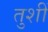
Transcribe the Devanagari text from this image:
तुशीं